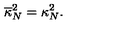
\overline { { \kappa } } _ { N } ^ { 2 } = \kappa _ { N } ^ { 2 } .